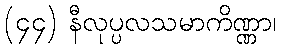
(၄၄) နီလုပ္ပလသမာကိဏ္ဏာ၊